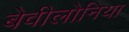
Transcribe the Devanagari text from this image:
बेवीलोनिया